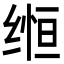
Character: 𬘵